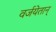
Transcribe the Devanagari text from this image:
वर्जयेतान्